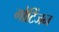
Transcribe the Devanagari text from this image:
गोटिंजन